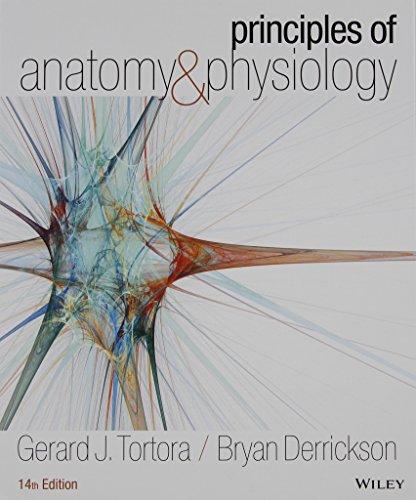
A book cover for Principles of Anatomy and Physiology 14e with Atlas of the Skeleton Set; Gerard J. Tortora; Science & Math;